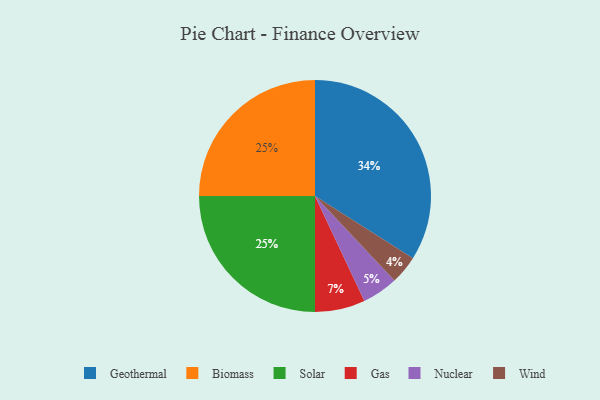
{"axis": {"x": "Category", "y": "Percentage"}, "legend": ["Biomass", "Gas", "Geothermal", "Nuclear", "Solar", "Wind"], "data": [{"x": "Wind", "y": 4, "type": "Wind"}, {"x": "Biomass", "y": 25, "type": "Biomass"}, {"x": "Solar", "y": 25, "type": "Solar"}, {"x": "Gas", "y": 7, "type": "Gas"}, {"x": "Nuclear", "y": 5, "type": "Nuclear"}, {"x": "Geothermal", "y": 34, "type": "Geothermal"}]}